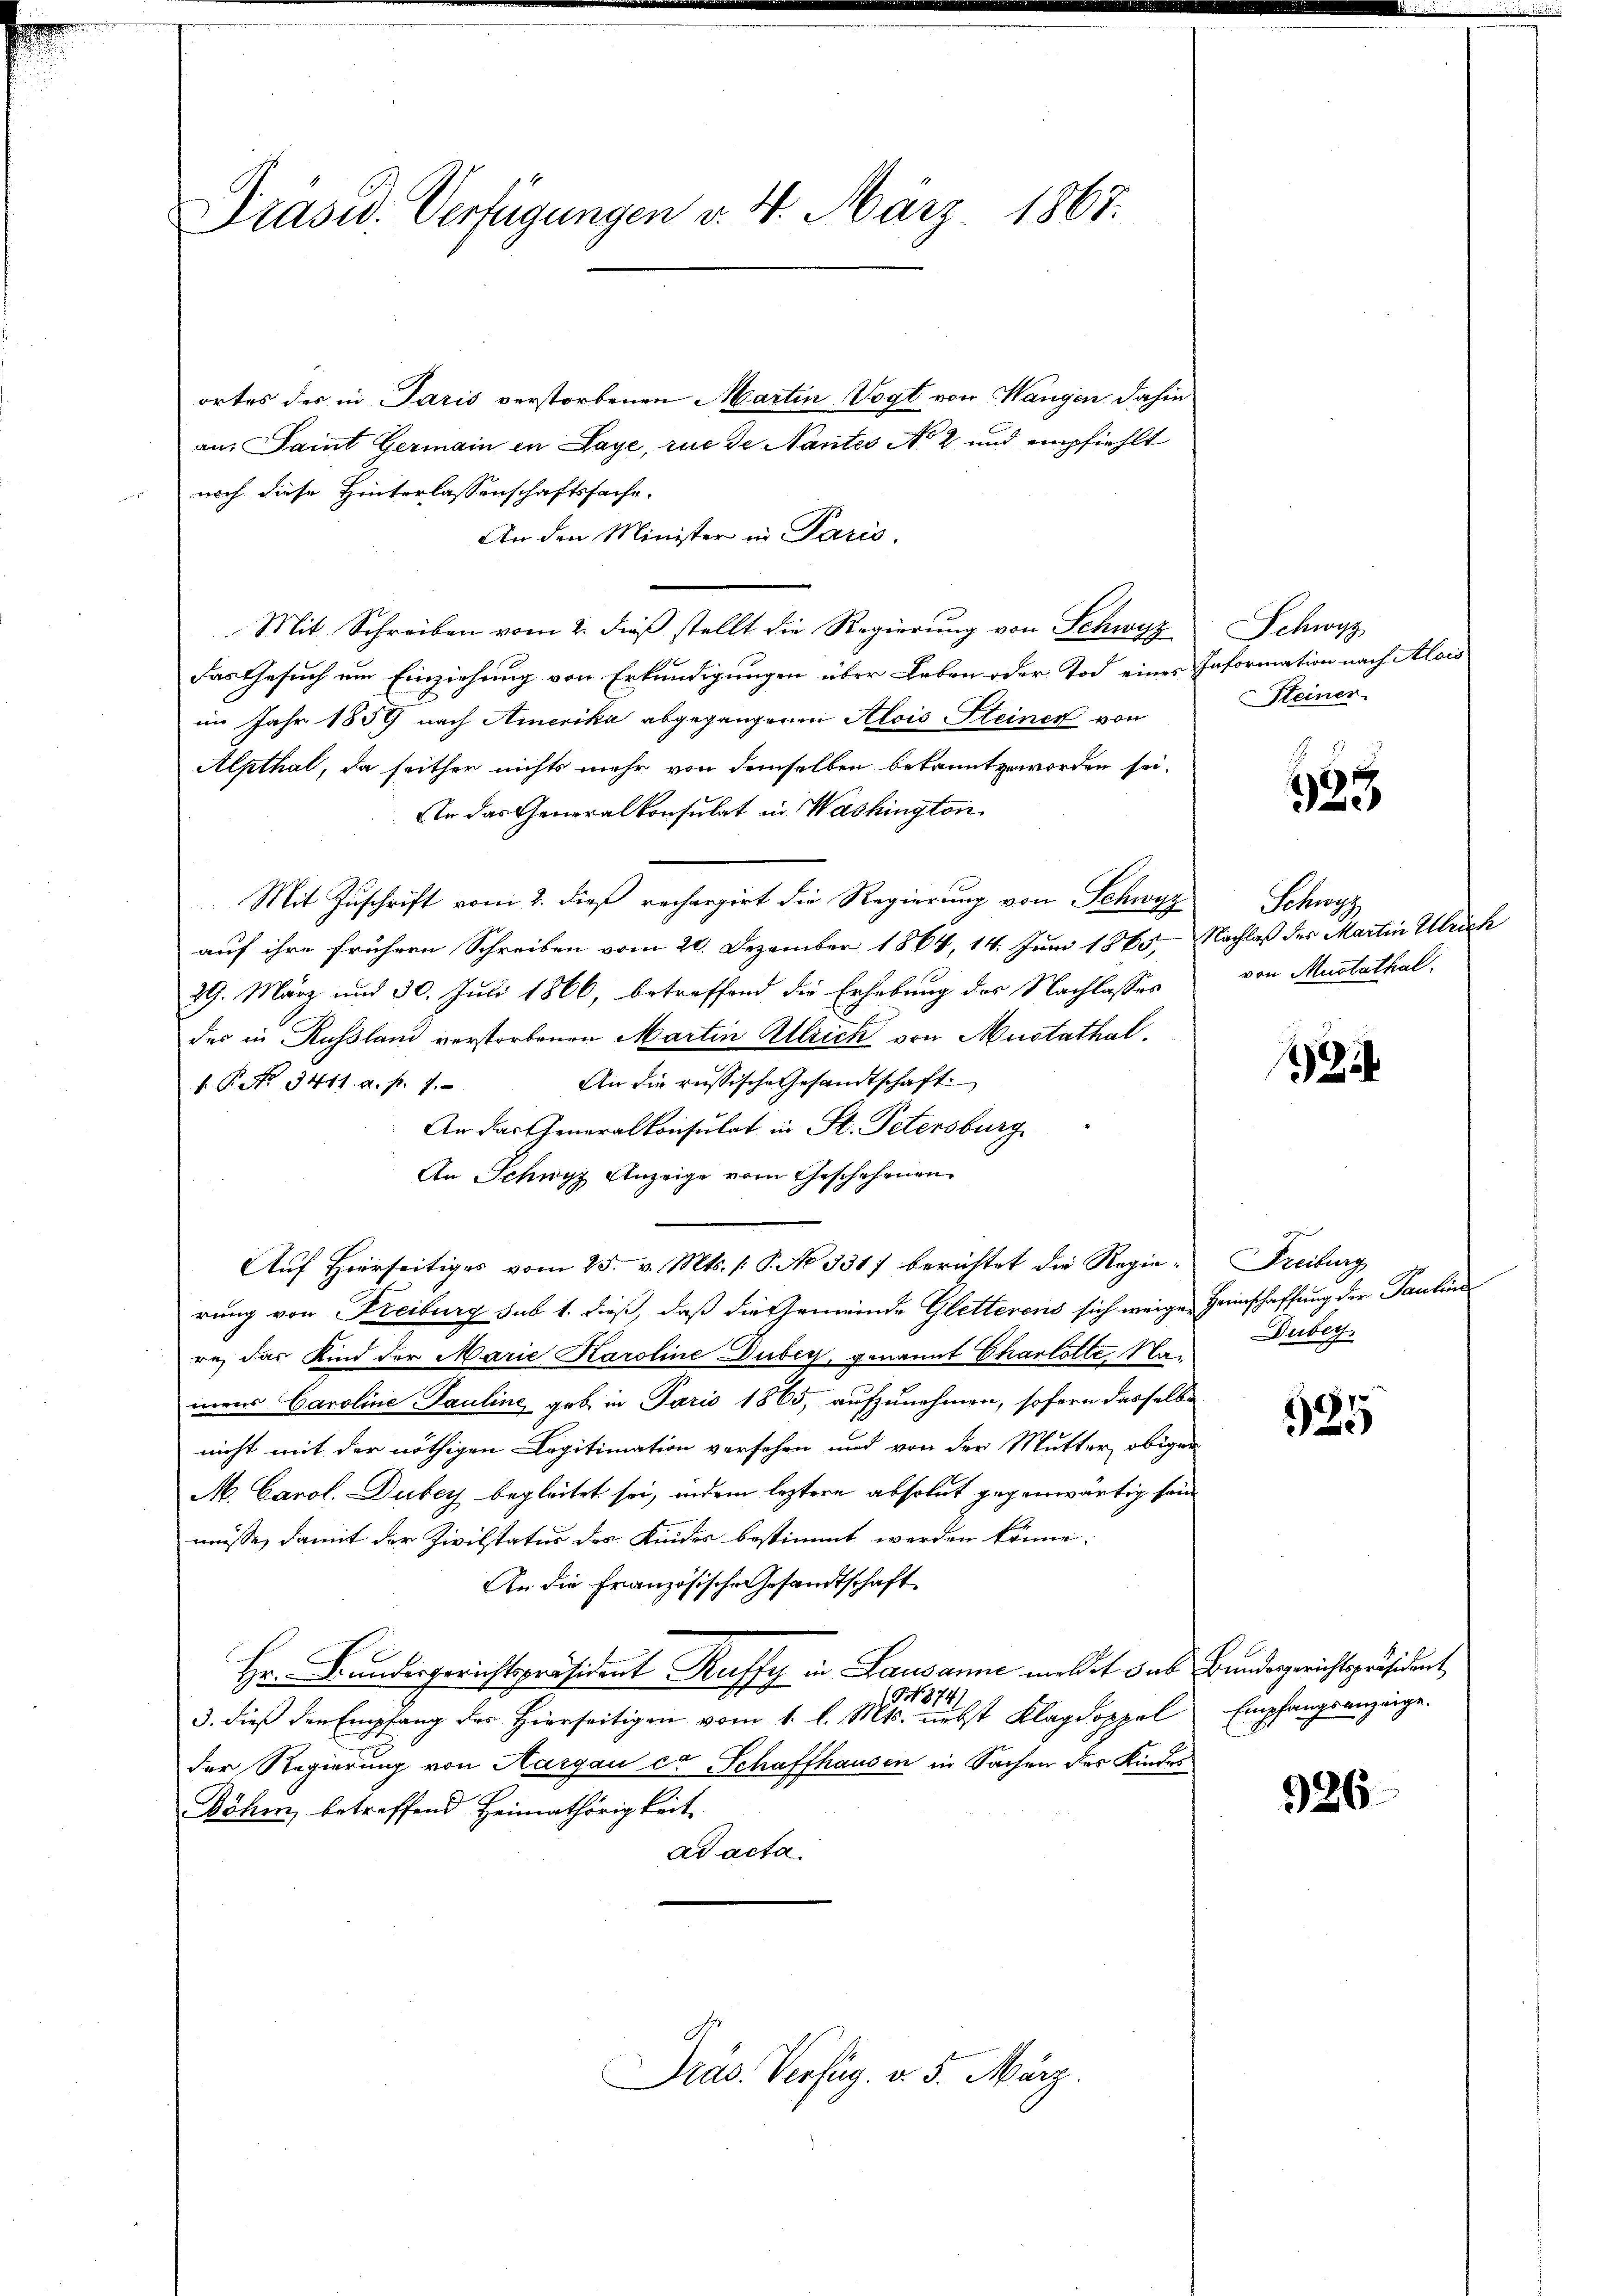
Präsid. Verfügungen v. 4. März 1867.

ortes des in Paris verstorbenen Martin Vogt von Wangen dahin
ans Saint Germain in Laye, rue de Nantes No 2 und empfiehlt
noch diese Hinterlassenschaftssache.
An den Minister in Paris.
Mit Schreiben vom 2. dieß stellt die Regierung von Schwyz
das Gesuch um Einziehung von Erkundigungen über Leben oder Tod eines Information nach Alois
im Jahr 1859 nach Amerika abgegangenen Alois Steiner von
Alpthal, da seither nichts mehr von demselben bekannt zu worden sei.
Ur das Generalkonsulat in Washington
Mit Zuschrift vom 2. dieß rechargirt die Regierung von Schwyz
auf ihre frühern Schreiben vom 20. Dezember 1864, 14. Juni 1865, Nachlaß des Martin Ulrich
29. März und 30. Juli 1866, betreffend die Erhebung des Nachlasses
das in Russland verstorbenen Martin Allrich von Mustathal.
An die russische Gesandtschaft
1. P. Nr. 3411. a. p. 7.
An das Generalkonsulat in St. Petersburg
An Schwyz Anzeige vom Geschehenen
Auf Hierseitiges vom 25. v. Mts. /: P. No 331. berichtet die Regierung von Freiburg sub 1. dieß, daß die Gemeinde Gletterens sich weigen Heimschaffung der Pauline
re, das Kind der Marie Karoline Duber, genannt Charlotte, Namens Caroline Pauline geb. in Paris 1865, aufzunehmen, sofern dasselbe
nicht mit der nöthigen Legitimation versehen und von der Mutter obigen
M. Carol. Dubey begleitet sei, indem leztere absolut gegenwärtig sein
müsse, damit der Zivilstatur des Kindes bestimmt werden könne.
An die Französische Gesandtschaft
Hr. Bundesgerichtspräsident Kuffy in Lausanne meldet das Bundesgerichtspräsident,
(NNo. 874.
3. dieß den Empfang des Hierseitigen vom 1. l. Mts. nebst Klagdoppel
der Regierung von Aargau et Schaffhausen in Sachen des Kindes
Böhm, betreffend Heimathörigkeit.
ad acta

Präs. Verfüg. v. 5. März.

Schwyz
Steiner

523

Schwyz
von Mustathal.

1

Freiburg
Duber

61.
20

Empfangsanzeige.

926